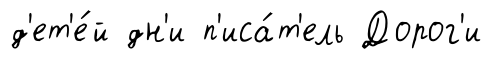
д'ет'е́й дн'и п'иса́т'ель Дорог'и